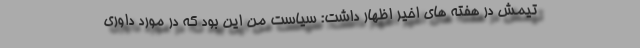
تیمش در هفته های اخیر اظهار داشت: سیاست من این بود که در مورد داوری